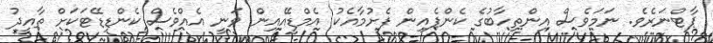
ޕާޓްނަރެވެ. ނަމަވެސް އިންތިހާބުގެ ކެންޕެއިން ފެށުމާއެކު އެމްޑީއޭއިން ވަނީ އެއްވެސް ކެންޑިޑޭޓަކަށް ތާއީދު